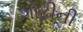
ગોટીની